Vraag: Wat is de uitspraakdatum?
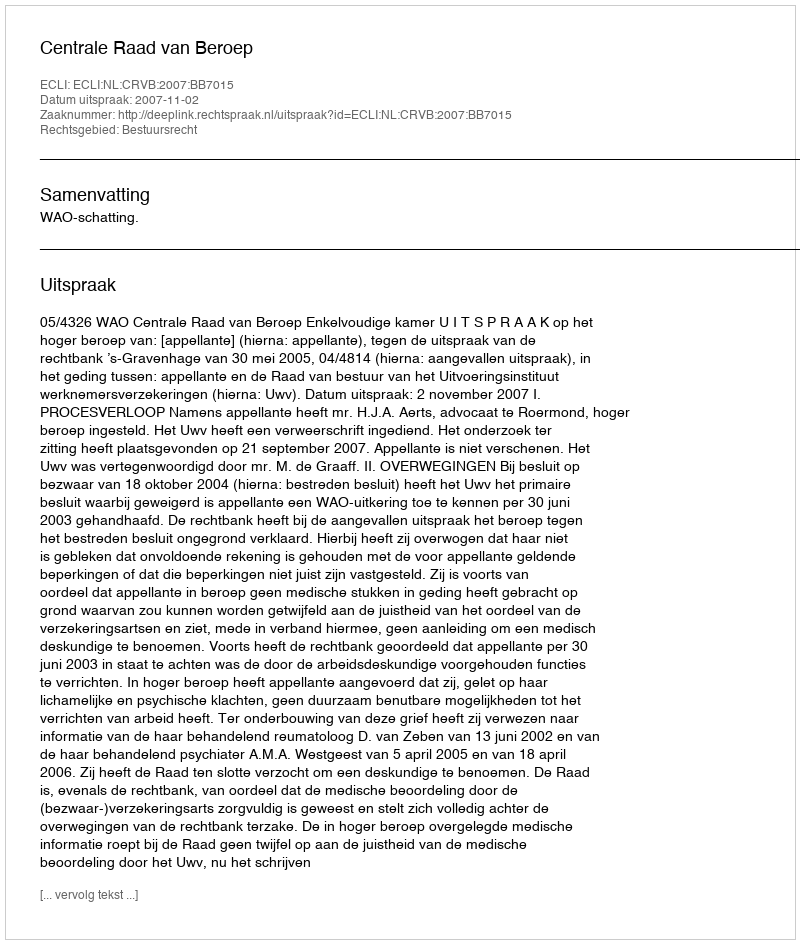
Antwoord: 2007-11-02